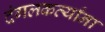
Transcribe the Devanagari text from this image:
दंगलकर्त्यांना